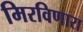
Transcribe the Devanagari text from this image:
मिरविणारा